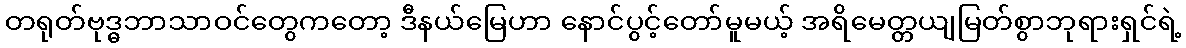
တရုတ်ဗုဒ္ဓဘာသာဝင်တွေကတော့ ဒီနယ်မြေဟာ နောင်ပွင့်တော်မူမယ့် အရိမေတ္တယျမြတ်စွာဘုရားရှင်ရဲ့